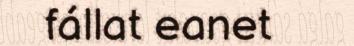
fállat eanet